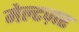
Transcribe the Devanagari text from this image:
मेल्टज़र